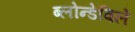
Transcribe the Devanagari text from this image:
ब्लोन्डेविले